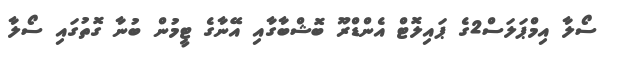
ސޯލާ އިމްޕަލަސް2ގެ ޕައިލޮޓް އެންޑްރޫ ބޮޝްބާގާއި އޭނާގެ ޓީމުން ބުނާ ގޮތުގައި ސޯލާ